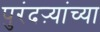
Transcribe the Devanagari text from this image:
पुरंदऱ्यांच्या